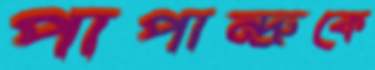
পাপান্দ্রুকে